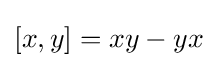
\left[x,y\right]=xy-yx